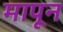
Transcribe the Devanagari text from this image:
मापून